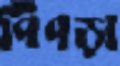
পিঁপড়া